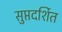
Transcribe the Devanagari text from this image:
सुप्तदर्शित